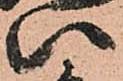
八